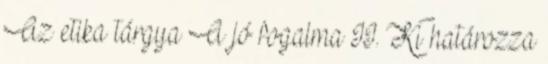
Az etika tárgya A jó fogalma II. Ki határozza